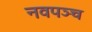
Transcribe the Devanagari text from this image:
नवपञ्च